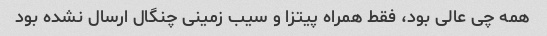
همه چی عالی بود، فقط همراه پیتزا و سیب زمینی چنگال ارسال نشده بود